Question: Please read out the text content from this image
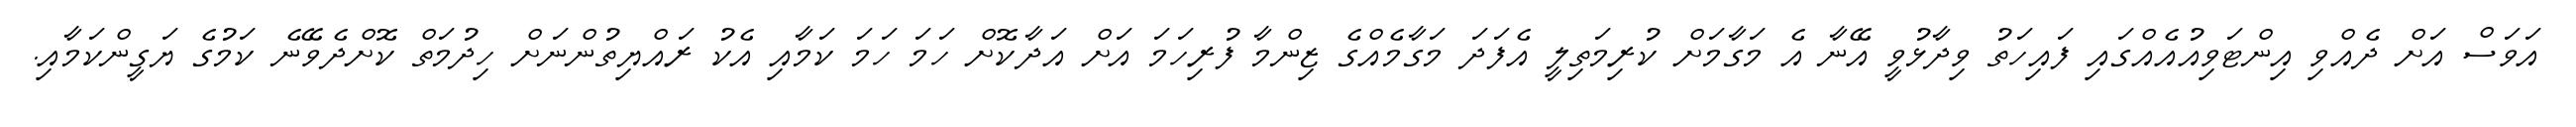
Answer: އަވަސް އަށް ދެއްވި އިންޓަވިއުއެއްގައި ފައިހަތު ވިދާޅުވީ އޭނާ އެ މަގާމަށް ކުރިމަތިލީ އެފަދަ މަގާމެއްގެ ޒިންމާ ފުރިހަމަ އަށް އަދާކޮށް ހަމަ ހަމަ ކަމާއި އެކު ރައްޔިތުންނަށް ހިދުމަތް ކޮށްދެވޭނެ ކަމުގެ ޔަގީންކަމާއި.